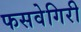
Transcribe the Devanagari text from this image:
फसवेगिरी